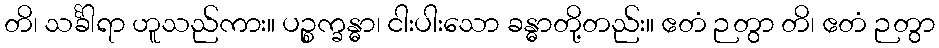
တိ၊ သင်္ခါရာ ဟူသည်ကား။ ပဉ္စက္ခန္ဓာ၊ ငါးပါးသော ခန္ဓာတို့တည်း။ ဧတံ ဉတွာ တိ၊ ဧတံ ဉတွာ